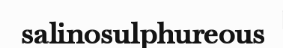
salinosulphureous